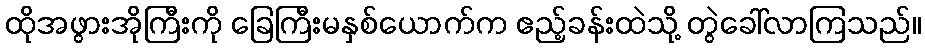
ထိုအဖွားအိုကြီးကို ခြေကြီးမနှစ်ယောက်က ဧည့်ခန်းထဲသို့ တွဲခေါ်လာကြသည်။